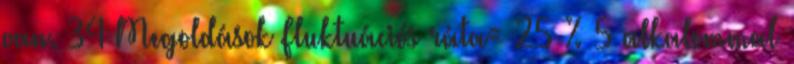
van. 34 Megoldások Fluktuációs ráta= 25 % 5 alkalommal